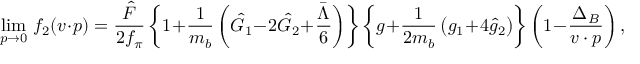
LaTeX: \operatorname * { l i m } _ { p \to 0 } \, f _ { 2 } ( v \cdot p ) = { \frac { \hat { F } } { 2 f _ { \pi } } } \, \bigg \{ 1 + { \frac { 1 } { m _ { b } } } \, \bigg ( \hat { \cal { G } } _ { 1 } - 2 \hat { \cal { G } } _ { 2 } + { \frac { \bar { \Lambda } } { 6 } } \bigg ) \bigg \} \, \bigg \{ g + { \frac { 1 } { 2 m _ { b } } } \, \big ( g _ { 1 } + 4 \hat { g } _ { 2 } \big ) \bigg \} \, \bigg ( 1 - { \frac { \Delta _ { B } } { v \cdot p } } \bigg ) \, ,